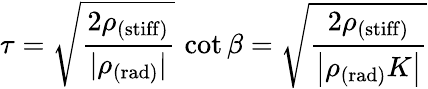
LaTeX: \tau=\sqrt{\frac{2\rho_{\mathrm{(stiff)}}}{|\rho_{\mathrm{(rad)}}|}}\, \cot\beta=\sqrt{\frac{2\rho_{\mathrm{(stiff)}}}{\left|\rho_{\mathrm{(rad)}}K\right|}}